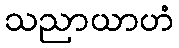
သညာယာဟံ